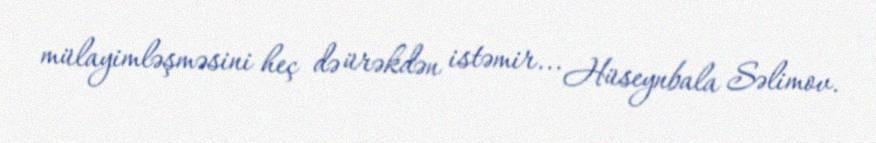
mülayimləşməsini heç də ürəkdən istəmir... Hüseynbala Səlimov.